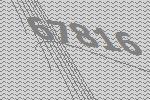
67816